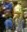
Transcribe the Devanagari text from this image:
त्।